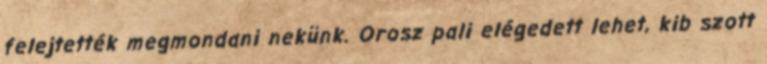
felejtették megmondani nekünk. Orosz pali elégedett lehet, kib szott